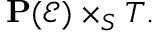
\mathbf { P } ( { \mathcal { E } } ) \times _ { S } T .